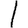
Digit: 1